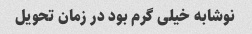
نوشابه خیلی گرم بود در زمان تحویل